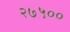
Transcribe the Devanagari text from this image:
२७५००